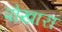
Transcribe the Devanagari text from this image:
पोखारा